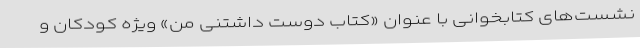
نشست‌های کتابخوانی با عنوان «کتاب دوست داشتنی من» ویژه ‌کودکان و